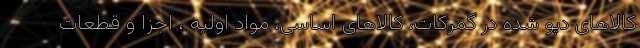
کالاهای دپو شده در گمرکات، کالاهای اساسی، مواد اولیه ، اجزا و قطعات